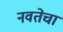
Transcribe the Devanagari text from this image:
नवतेचा